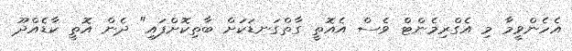
އެހެންވީމާ މި އެގްރިމެންޓް ވެސް އެއޮތީ ގާތްގަނޑަކަށް ބާތިކޮށްފައި" ދެން އޮތީ ކާޑެއްދޫ